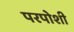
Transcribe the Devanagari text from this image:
परपोशी